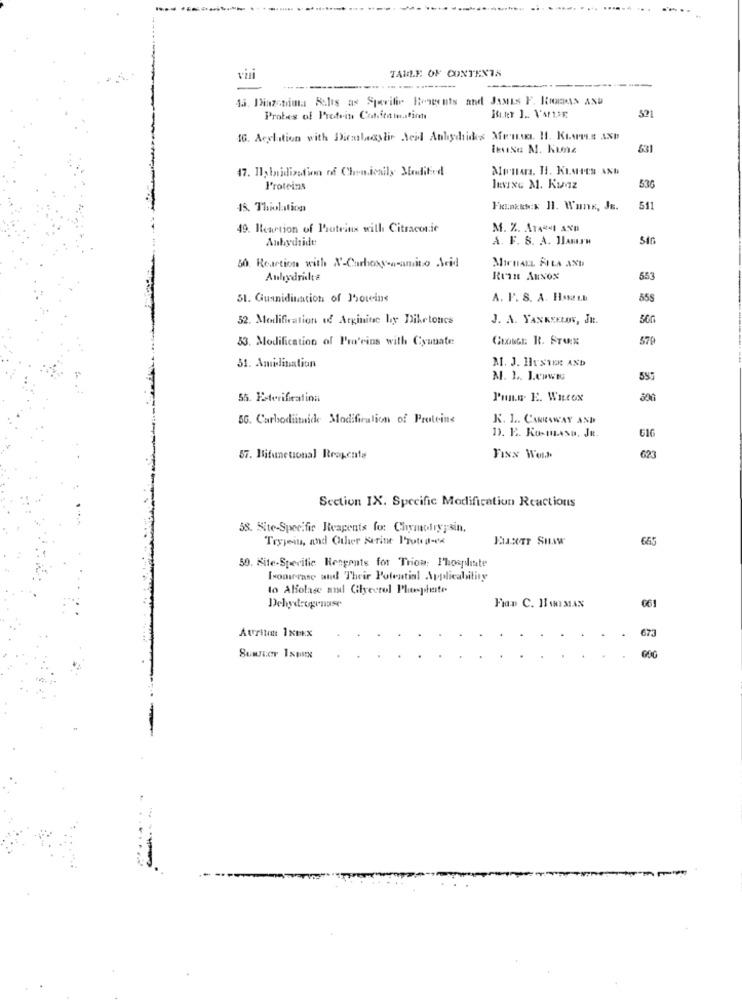
TABLE OF CONTENTS
vini
-----
45. Diazchima Balis as Sperifir Bonecuts and JAMES F. RIERAS AND
Probes of Protein Catitainstinct
16. Acclition with Dicobeastie Jeid Anhydrides Meuse. 1. KLAes AND
631
47. Isbnidization of Chon.ionily Modified
Proteins
levixc M. Kunz
53G
18. Thiolaation
FrankEtx H. Wunk, JE.
511
49. Reaction of Proteins with Citraconic
M. %. ATARI AND
Anhydride
A. F. S. A. JAMEN
MICHAEL FILA AND
50. Reaction with N-Carboxy-a-amino Acid
Anhydrit &
Rrin AnNox
553
51. Guanidination of Potins
A. P. S. A. Hssatt.b
55S
52. Modification of Arginine by Diketonce
J. A. YANKEELOV, JE.
33. Modification of Proteins with Cyuuate
GEORGE R. STARE
570
M. J. HUSTER AND
51. Amidination
M. 1. Leowes
557
55. Esterification
Punn. E. WILCOX
30
56. Carbodiitaide Modification of Proteins
K. L .. CARRAWAY AND
13. 12. KosmAsu, Je.
616
57. Hifunctional Reagente
Fixx Wers
Section IX. Specific Modification Reactions
58. Site-Specific Reagents for Chymotrypsin.
Tryjeiu, and Other Serine Prote a-ek
663
59. Kite-Specific Rengoats for Trios; Phosphate
Ironicrase and Their Potential Applicability
to Abolas and Glycerol Phanphate
Dehydrogenase
Fian C. HuMAN
061
Atrikm 1KbKX
673